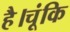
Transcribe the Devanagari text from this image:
है।चूंकि